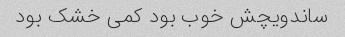
ساندویچش خوب بود کمی خشک بود